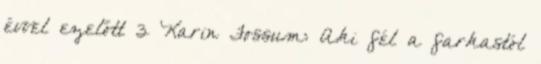
évvel ezelőtt 3 Karin Fossum: Aki fél a farkastól